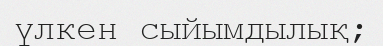
үлкен сыйымдылық;